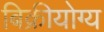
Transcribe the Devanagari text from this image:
बिक्रीयोग्य